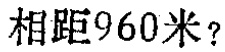
相距960米？